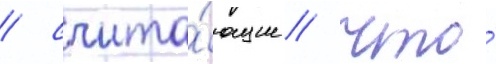
/ счита́ющие / что́